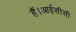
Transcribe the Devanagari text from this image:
हैं।आईसीसी